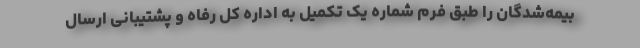
بیمه‌شدگان را طبق فرم شماره یک تکمیل به اداره کل رفاه و پشتیبانی ارسال